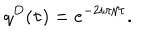
LaTeX: q ^ { D } ( \tau ) = e ^ { - 2 i \pi / \tau } .